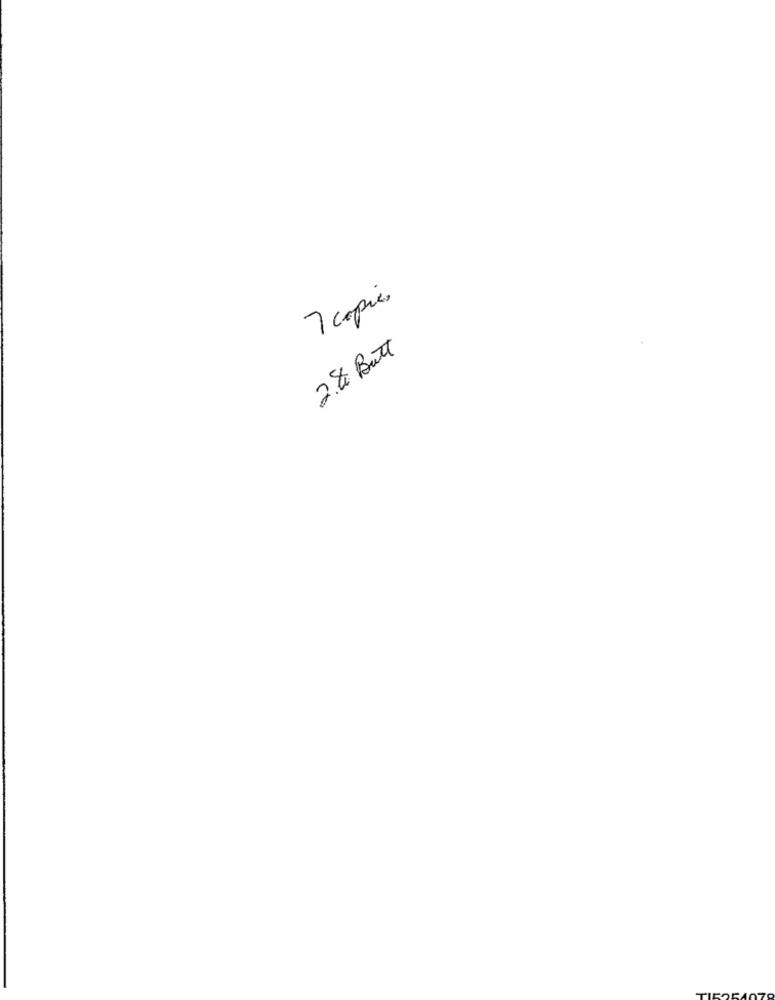
7 copies
2.4 Butt